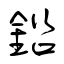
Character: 鉛